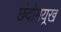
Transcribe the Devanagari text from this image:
छंदोमयूख